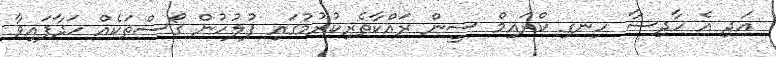
އަދި އެ ހާދިސާ ހިނގި ކްރައިމް ސީން ރައްކާތެރިކުރުމުގައި ފުލުހުން ގޯސްތަކެއް ހަދާފައިވާ